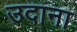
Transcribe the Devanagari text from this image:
उदाना